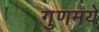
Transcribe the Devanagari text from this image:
गुणमये